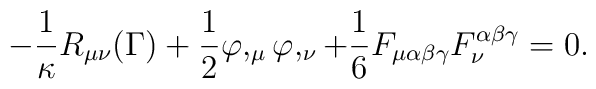
-\frac{1}{\kappa}R_{\mu\nu}(\Gamma)+\frac{1}{2}\varphi,_{\mu}\varphi,_{\nu}+\frac{1}{6}F_{\mu\alpha\beta\gamma}F_{\nu}^{\alpha\beta\gamma}=0.